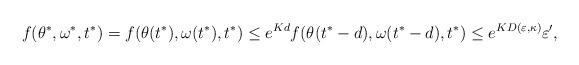
LaTeX: \begin{align*}f(\theta^{*},\omega^{*},t^{*}) =f(\theta(t^{*}),\omega(t^{*}),t^{*}) \leq e^{Kd}f(\theta(t^{*}-d),\omega(t^{*}-d),t^{*}) \leq e^{KD(\varepsilon,\kappa)}\varepsilon^{\prime},\end{align*}